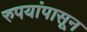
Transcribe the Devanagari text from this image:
रुपयांपासून